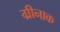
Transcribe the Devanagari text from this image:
ग्रीनाक